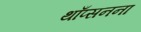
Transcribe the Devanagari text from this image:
थाँप्सनना